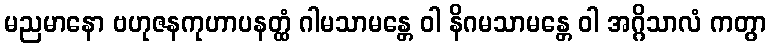
မညမာနော ဗဟုဇနကုဟာပနတ္ထံ ဂါမသာမန္တေ ဝါ နိဂမသာမန္တေ ဝါ အဂ္ဂိသာလံ ကတွာ